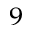
^ { 9 }